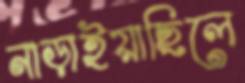
নাড়াইয়াছিলে